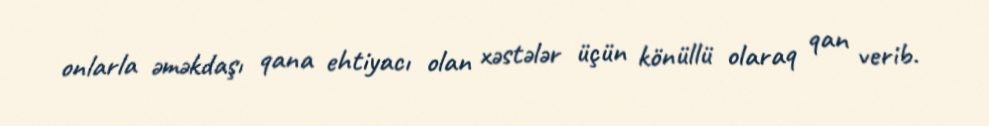
onlarla əməkdaşı qana ehtiyacı olan xəstələr üçün könüllü olaraq qan verib.